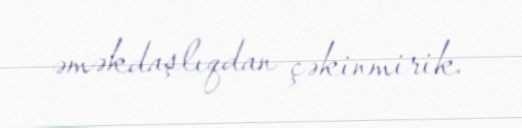
əməkdaşlıqdan çəkinmirik.